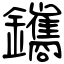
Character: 鑴